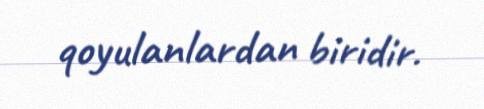
qoyulanlardan biridir.